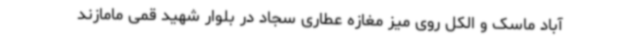
آباد ماسک و الکل روی میز مغازه عطاری سجاد در بلوار شهید قمی مامازند